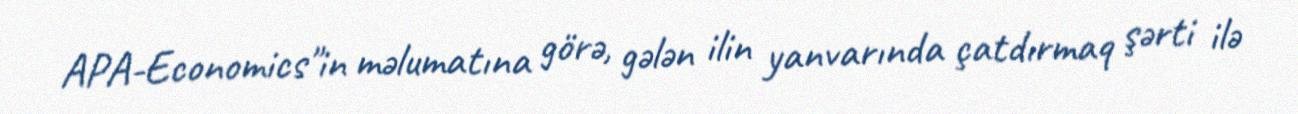
APA-Economics"in məlumatına görə, gələn ilin yanvarında çatdırmaq şərti ilə